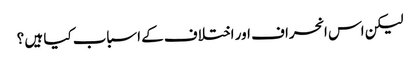
لیکن اس انحراف اور اختلاف کے اسباب کیا ہیں ؟